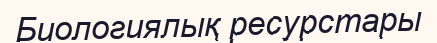
Биологиялық ресурстары